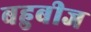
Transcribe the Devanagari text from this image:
बहुबीज